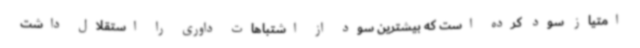
امتیاز سود کرده است که بیشترین سود از اشتباهات داوری را استقلال داشت